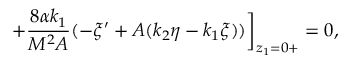
+ \frac { 8 \alpha k _ { 1 } } { M ^ { 2 } A } ( - \xi ^ { \prime } + A ( k _ { 2 } \eta - k _ { 1 } \xi ) ) \bigg ] _ { z _ { 1 } = 0 + } = 0 ,